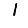
Digit: 1